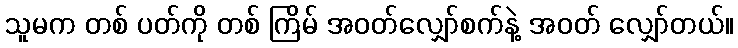
သူမက တစ် ပတ်ကို တစ် ကြိမ် အဝတ်လျှော်စက်နဲ့ အဝတ် လျှော်တယ်။